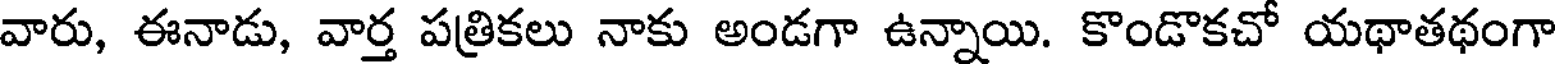
వారు, ఈనాడు, వార్త పత్రికలు నాకు అండగా ఉన్నాయి. కొండొకచో యథాతథంగా